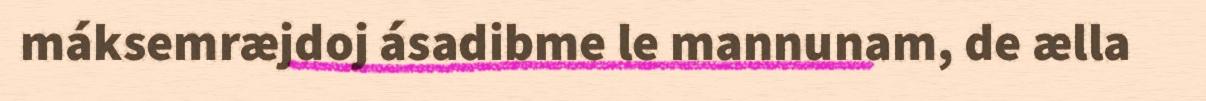
máksemræjdoj ásadibme le mannunam, de ælla